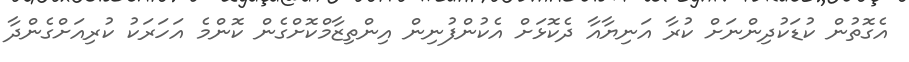
އެގޮތުން ކުޑަކުދިންނަށް ކުރާ އަނިޔާއާ ދެކޮޅަށް އެކުންފުނިން އިންތިޒާމްކޮށްގެން ކޮންމެ އަހަރަކު ކުރިއަށްގެންދާ